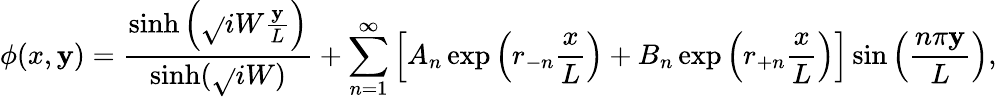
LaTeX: \phi(x,\mathbf{y})=\frac{{\sinh\left(\sqrt{}{i}W\frac{{\mathbf{y}}}{{L}}\right)}}{{\sinh(\sqrt{}{i}W)}}+\sum_{n=1}^{\infty}\left[A_{n}\exp\left(r_{-n}\frac{{x}}{{L}}\right)+B_{n}\exp\left(r_{+n}\frac{{x}}{{L}}\right)\right]\sin\left(\frac{{n\pi\mathbf{y}}}{{L}}\right),